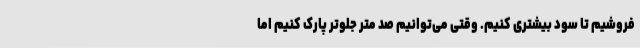
فروشیم تا سود بیشتری کنیم. وقتی می‌توانیم صد متر جلوتر پارک کنیم اما